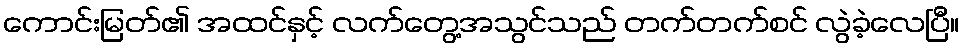
ကောင်းမြတ်၏ အထင်နှင့် လက်တွေ့အသွင်သည် တက်တက်စင် လွဲခဲ့လေပြီ။